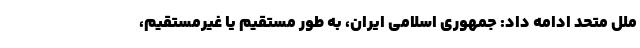
ملل متحد ادامه داد: جمهوری اسلامی ایران، به طور مستقیم یا غیرمستقیم،